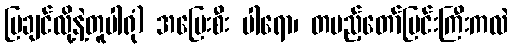
ပြချင်လို့နဲ့တူပါရုံ) အပြေးစီး ပါရော၊ တပည့်တော်မြင်းကြီးကလဲ